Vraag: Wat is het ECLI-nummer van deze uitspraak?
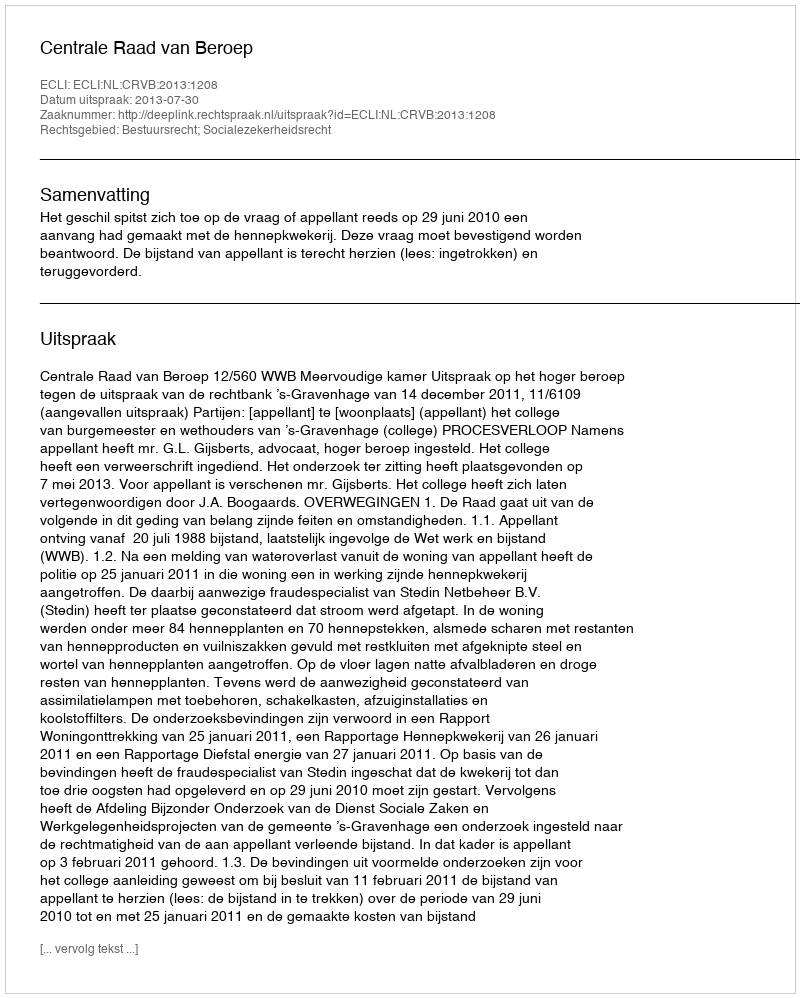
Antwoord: ECLI:NL:CRVB:2013:1208